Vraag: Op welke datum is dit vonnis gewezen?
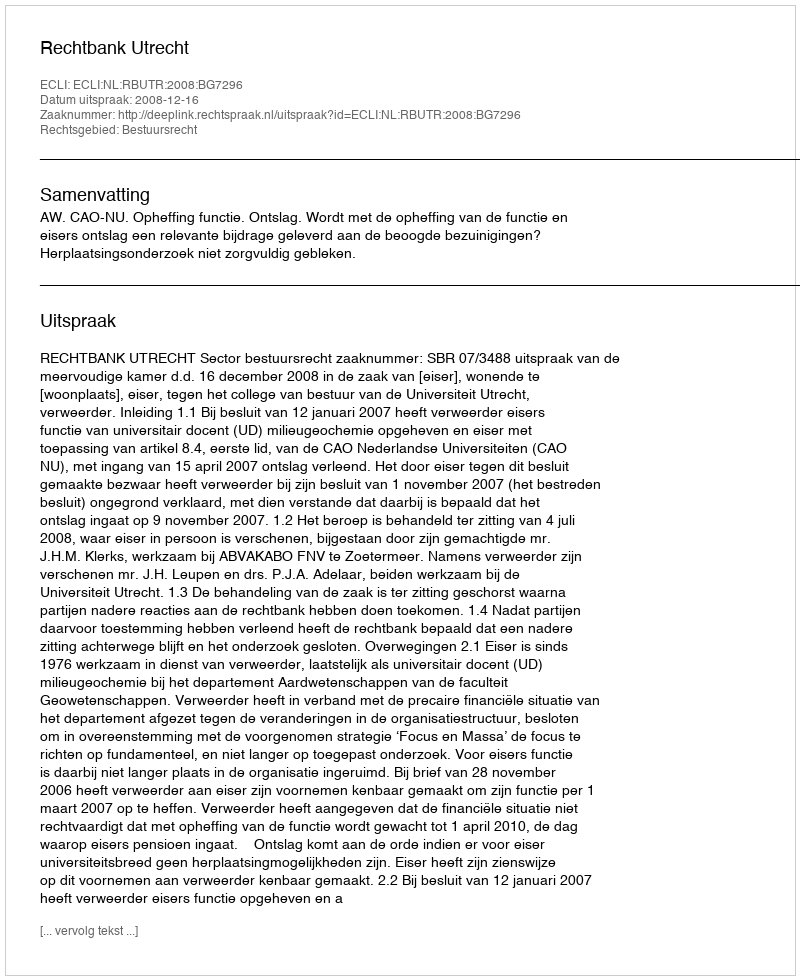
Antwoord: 2008-12-16